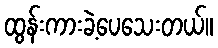
ထွန်းကားခဲ့ပေသေးတယ်။